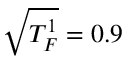
\sqrt { T _ { F } ^ { 1 } } = 0 . 9